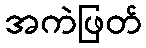
အကဲဖြတ်